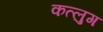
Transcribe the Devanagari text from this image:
कत्लुग